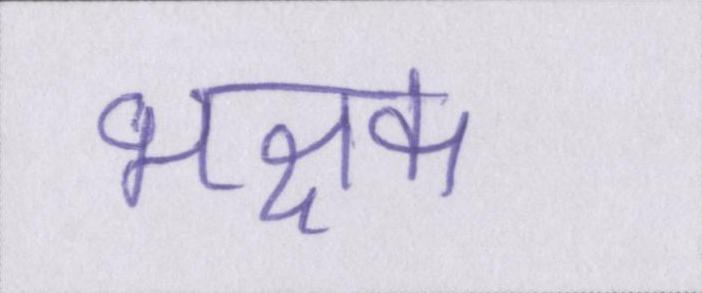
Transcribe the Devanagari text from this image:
भक्षक